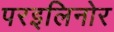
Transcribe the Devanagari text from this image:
परइलिनोर